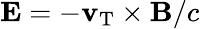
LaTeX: \mathbf{E}=-\mathbf{v}_{\mathrm{T}}\times\mathbf{B}/c